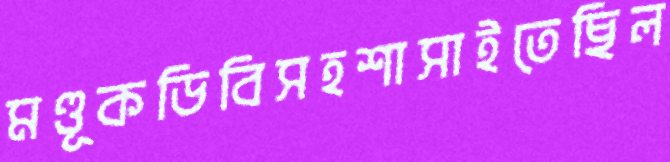
মণ্ডূকডিবিসহশাসাইতেছিল